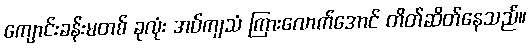
ကျောင်းခန်းမတစ် ခုလုံး အပ်ကျသံ ကြားလောက်အောင် တိတ်ဆိတ်နေသည်။